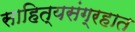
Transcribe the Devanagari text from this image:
साहित्यसंग्रहात